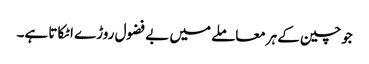
جوچین کے ہرمعاملے میں بے فضول روڑے اٹکاتا ہے۔